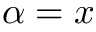
\alpha = x